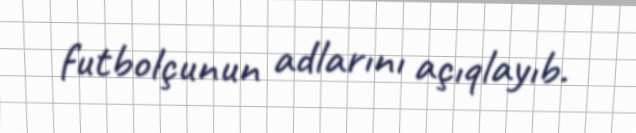
futbolçunun adlarını açıqlayıb.